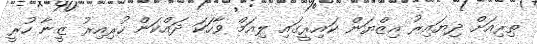
ތިރިއަށް ދިޔައިރު އިޒްޔަން ކައިރީގައި ލިއަމް ވާހަކަ ދައްކަން ހުރިއިރު ޒީނާ ހުރީ